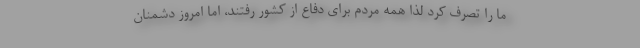
ما را تصرف کرد لذا همه مردم برای دفاع از کشور رفتند، اما امروز دشمنان